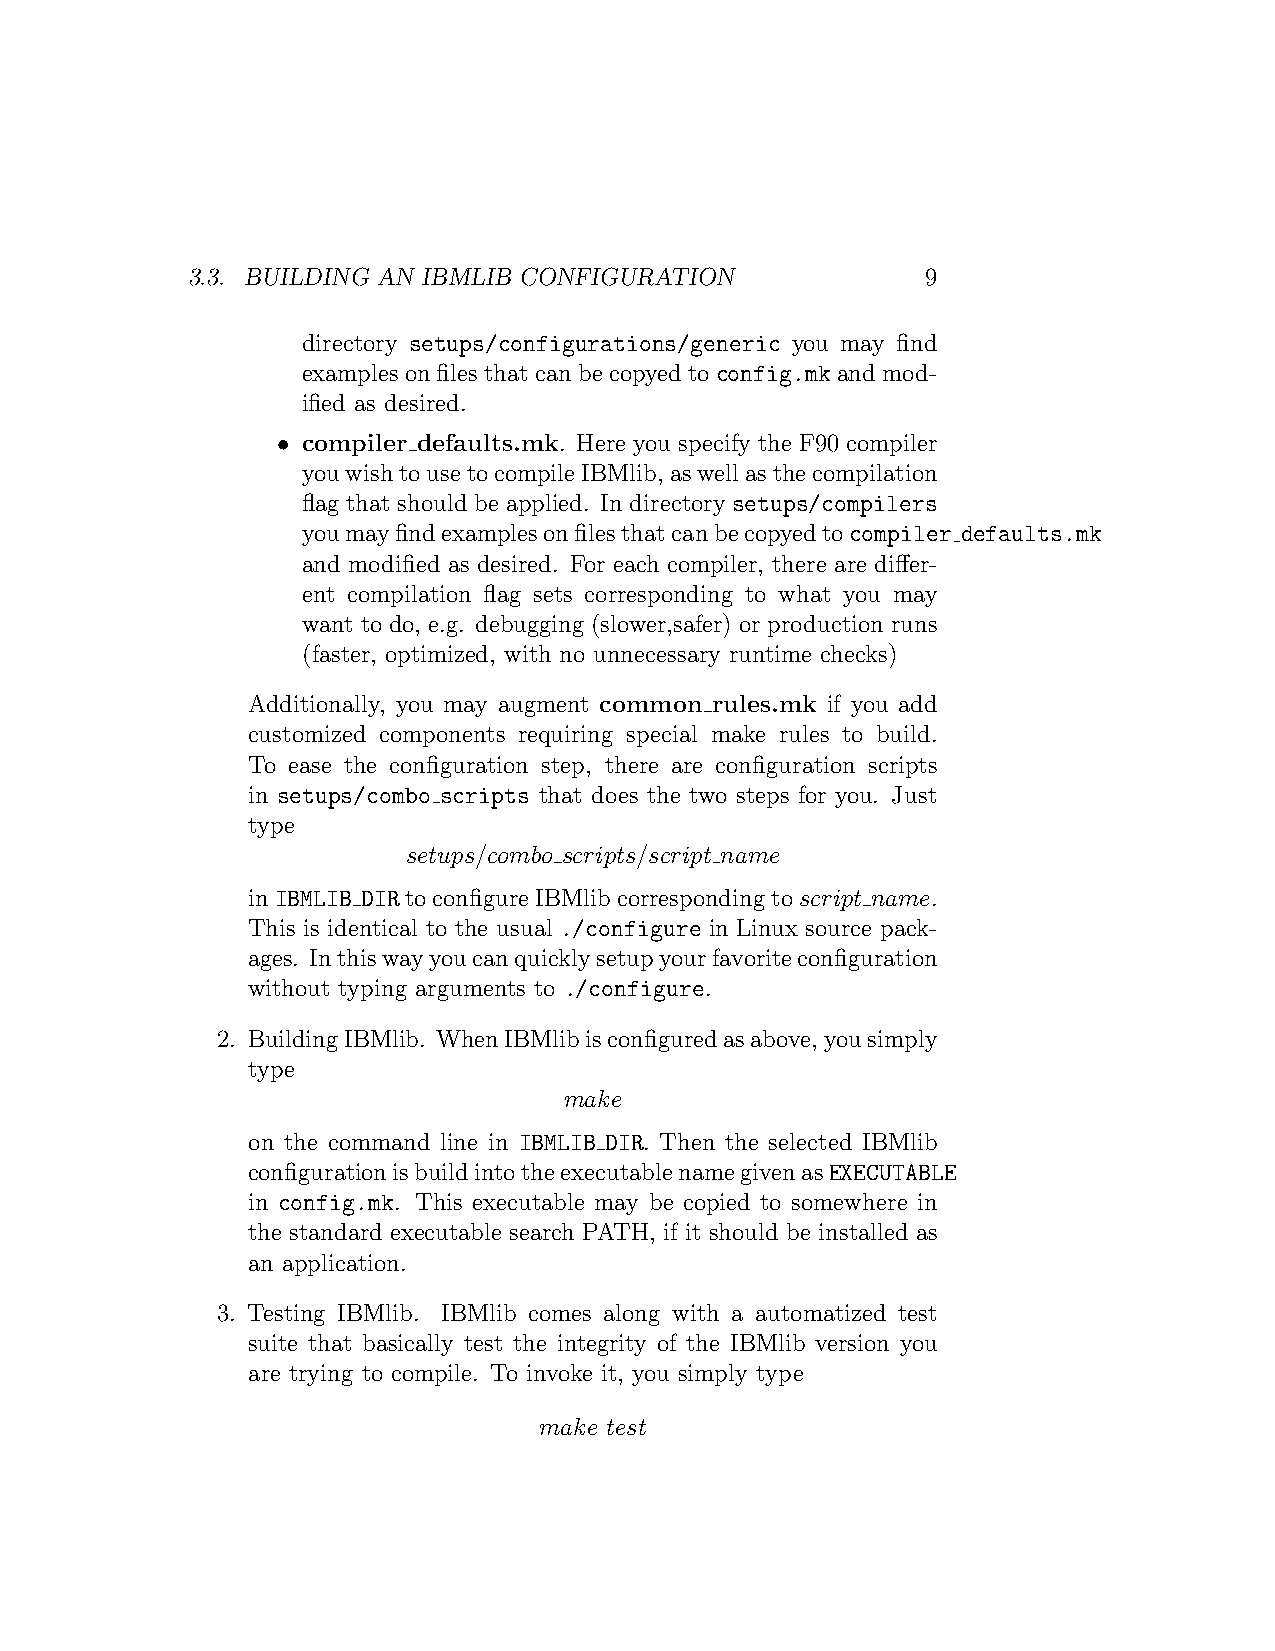
3.3. BUILDING AN IBMLIB CONFIGURATION            9
 directory setups/configurations/generic you may find
 examplesonfilesthatcanbecopyedtoconfig.mkandmod-
 ified as desired.
 • compiler defaults.mk. Here you specify the F90 compiler
 youwishtousetocompileIBMlib, aswellasthecompilation
 flag that should be applied. In directory setups/compilers
 youmayfindexamplesonfilesthatcanbecopyedtocompiler defaults.mk
 and modified as desired. For each compiler, there are differ-
 ent compilation flag sets corresponding to what you may
 want to do, e.g. debugging (slower,safer) or production runs
 (faster, optimized, with no unnecessary runtime checks)
 Additionally, you may augment common rules.mk if you add
 customized components requiring special make rules to build.
 To ease the configuration step, there are configuration scripts
 in setups/combo scripts that does the two steps for you. Just
 type
 setups/combo scripts/script name
 inIBMLIB DIRtoconfigureIBMlibcorrespondingtoscript name.
 This is identical to the usual ./configure in Linux source pack-
 ages. Inthiswayyoucanquicklysetupyourfavoriteconfiguration
 without typing arguments to ./configure.
 2. BuildingIBMlib. WhenIBMlibisconfiguredasabove,yousimply
 type
 make
 on the command line in IBMLIB DIR. Then the selected IBMlib
 configurationisbuildintotheexecutablenamegivenasEXECUTABLE
 in config.mk. This executable may be copied to somewhere in
 the standard executable search PATH, if it should be installed as
 an application.
 3. Testing IBMlib. IBMlib comes along with a automatized test
 suite that basically test the integrity of the IBMlib version you
 are trying to compile. To invoke it, you simply type
 make test